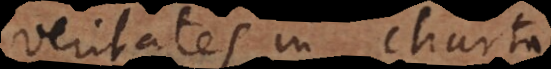
veritates in charta